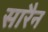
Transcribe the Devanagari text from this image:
सारैन